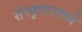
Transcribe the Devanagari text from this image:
संस्कृतामध्ये